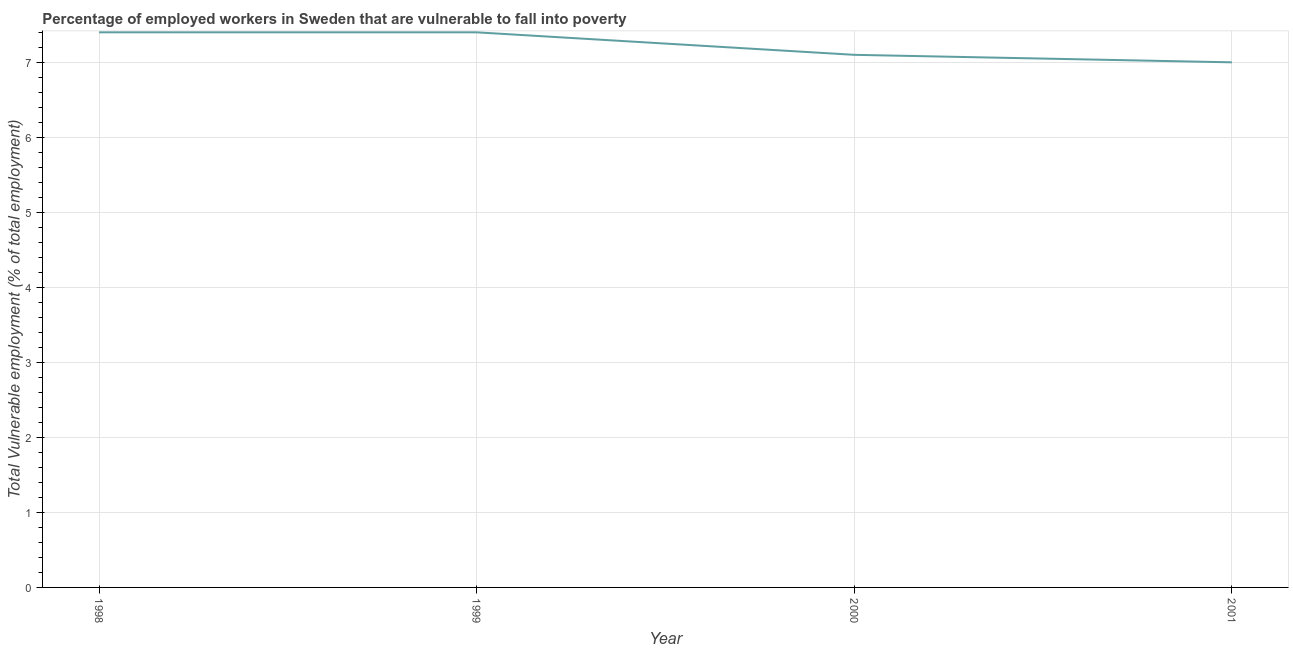
| Year | Vulnerable employment |
 | --- | --- |
 | 1998 | 7.4 |
 | 1999 | 7.4 |
 | 2000 | 7.1 |
 | 2001 | 7 |